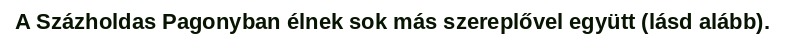
A Százholdas Pagonyban élnek sok más szereplővel együtt (lásd alább).